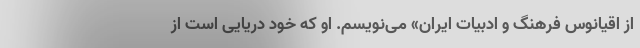
از اقیانوس فرهنگ و ادبیات ایران» می‌نویسم. او که خود دریایی است از